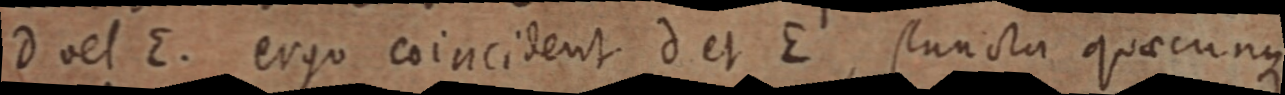
D vel E. ergo coincident d et E, puncta quaecunque